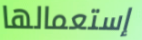
إستعمالها